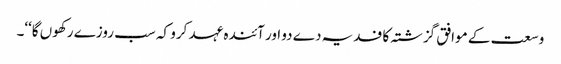
وسعت کے موافق گزشتہ کا فدیہ دے دو اور آئندہ عہد کرو کہ سب روزے رکھوں گا‘‘۔